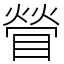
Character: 䁝